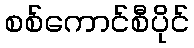
စစ်ကောင်စီပိုင်